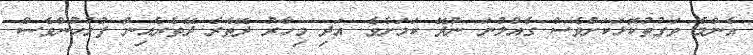
އެންމެ ވަގުތުކޮޅަކަށްވެސް ގެއްލުނަ ނުދޭ ކަމަށެވެ. އަދި މިހާރު ދޭތެރެ ދޭތެރެއިން ފުލުހުންވެސް